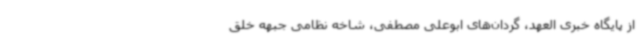
از پایگاه خبری العهد، گردان‌های ابوعلی مصطفی، شاخه نظامی جبهه خلق